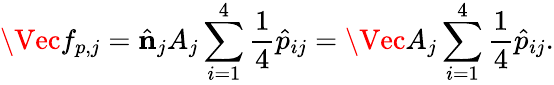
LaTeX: \Vec{f}_{p,j}=\hat{\mathbf{n}}_{j}A_{j}\sum_{i=1}^{4}\frac{1}{4}\hat{p}_{ij}=\Vec{A}_{j}\sum_{i=1}^{4}\frac{1}{4}\hat{p}_{ij}.